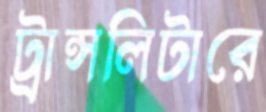
ট্রান্সলিটারে